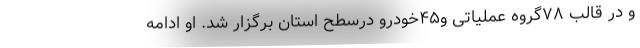
و در قالب ۷۸گروه عملیاتی و۴۵خودرو درسطح استان برگزار شد. او ادامه